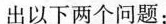
出以下两个问题：